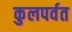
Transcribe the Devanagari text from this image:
कुलपर्वत